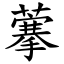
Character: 藆